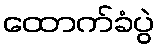
ထောက်ခံပွဲ